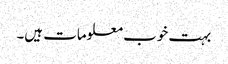
بہت خوب معلومات ہیں۔